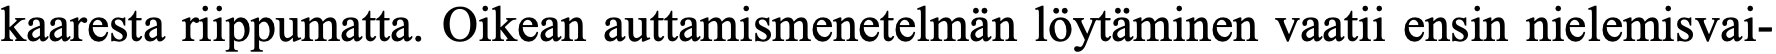
kaaresta riippumatta. Oikean auttamismenetelmän löytäminen vaatii ensin nielemisvai-